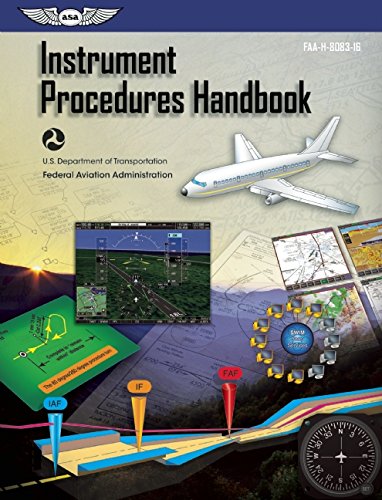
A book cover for Instrument Procedures Handbook: FAA-H-8083-16 (FAA Handbooks series); Federal Aviation Administration (FAA)/Aviation Supplies & Academics (ASA); Engineering & Transportation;